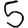
Digit: 5